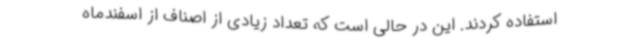
استفاده کردند. این در حالی است که تعداد زیادی از اصناف از اسفندماه